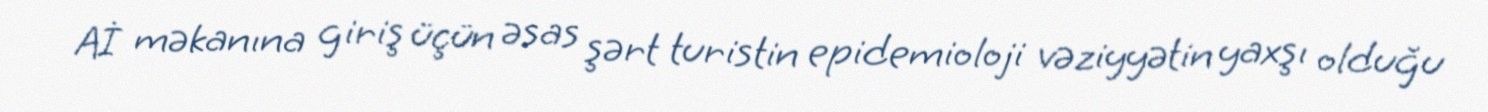
Aİ məkanına giriş üçün əsas şərt turistin epidemioloji vəziyyətin yaxşı olduğu